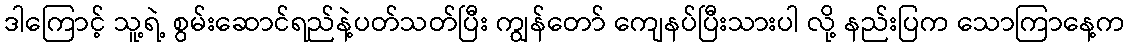
ဒါကြောင့် သူ့ရဲ့ စွမ်းဆောင်ရည်နဲ့ပတ်သတ်ပြီး ကျွန်တော် ကျေနပ်ပြီးသားပါ လို့ နည်းပြက သောကြာနေ့က